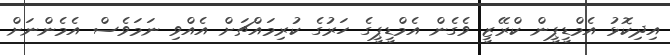
އިދިކޮޅު އެމްޑީޕީން ކްރޭޒީ ވެގެން އެމްޑީޕީގެ ހަރުގެ ކުރިމައްޗަށް އެއްވި ނަމަވެސް އެމެންނަށް